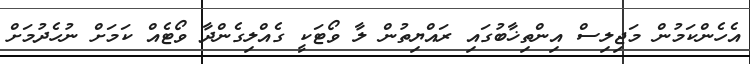
އެހެންކަމުން މަޖިލިސް އިންތިޚާބުގައި ރައްޔިތުން ލާ ވޯޓަކީ ގެއްލިގެންދާ ވޯޓެއް ކަމަށް ނުހެދުމަށް